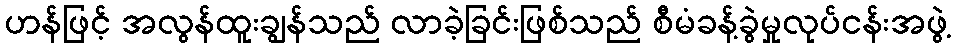
ဟန်ဖြင့် အလွန်ထူးချွန်သည် လာခဲ့ခြင်းဖြစ်သည် စီမံခန့်ခွဲမှုလုပ်ငန်းအဖွဲ့